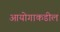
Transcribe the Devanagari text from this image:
आयोगाकडील